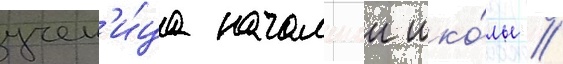
учен'и́ца начальнои шко́лы //